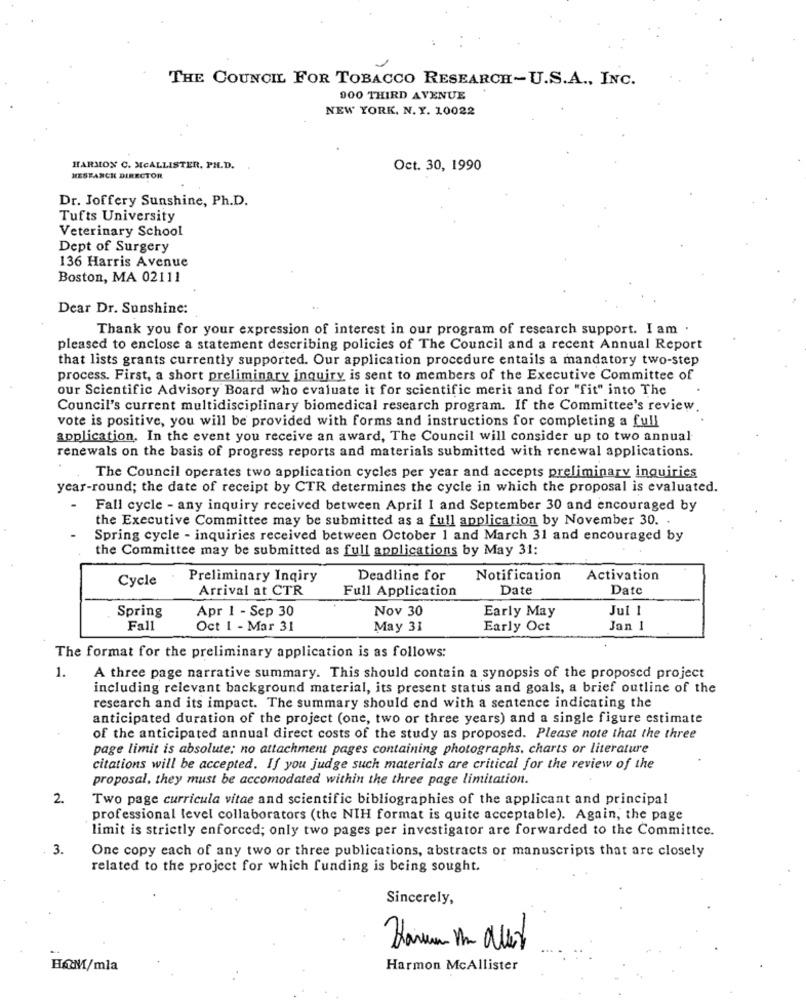
THE COUNCIL FOR TOBACCO RESEARCH-U.S.A ., INC.
900 THIRD AVENUE
NEW YORK, N. Y. 10022
HARMON C. MCALLISTER, PH.D.
Oct. 30, 1990
HESTANCH DIRECTOR
Dr. Joffery Sunshine, Ph.D.
Tufts University
Veterinary School
Dept of Surgery
136 Harris Avenue
Boston, MA 02111
Dear Dr. Sunshine:
Thank you for your expression of interest in our program of research support. I am .
pleased to enclose a statement describing policies of The Council and a recent Annual Report
that lists grants currently supported. Our application procedure entails a mandatory two-step
process. First, a short preliminary inquiry is sent to members of the Executive Committee of
our Scientific Advisory Board who evaluate it for scientific merit and for "fit" into The
Council's current multidisciplinary biomedical research program. If the Committee's review.
vote is positive, you will be provided with forms and instructions for completing a full
application. In the event you receive an award, The Council will consider up to two annual
renewals on the basis of progress reports and materials submitted with renewal applications.
The Council operates two application cycles per year and accepts preliminary inquiries
year-round; the date of receipt by CTR determines the cycle in which the proposal is evaluated.
Fall cycle - any inquiry received between April I and September 30 and encouraged by
the Executive Committee may be submitted as a full application by November 30.
Spring cycle - inquiries received between October 1 and March 31 and encouraged by
the Committee may be submitted as full applications by May 31:
Cycle
Preliminary Inqiry
Deadline for
Notification
Activation
Arrival at CTR
Full Application
Date
Date
Spring
Apr 1 - Sep 30
Nov 30
Early May
Jul 1
Fall
Oct 1 - Mar 31
May 31
Early Oct
Jan 1
The format for the preliminary application is as follows:
1.
A three page narrative summary. This should contain a synopsis of the proposed project
including relevant background material, its present status and goals, a brief outline of the
research and its impact. The summary should end with a sentence indicating the
anticipated duration of the project (one, two or three years) and a single figure estimate
of the anticipated annual direct costs of the study as proposed. Please note that the three
page limit is absolute; no attachment pages containing photographs, charts or literature
citations will be accepted. If you judge such materials are critical for the review of the
proposal, they must be accomodated within the three page limitation.
2
Two page curricula vitae and scientific bibliographies of the applicant and principal
professional level collaborators (the NIH format is quite acceptable). Again, the page
limit is strictly enforced; only two pages per investigator are forwarded to the Committee.
3.
One copy each of any two or three publications, abstracts or manuscripts that are closely
related to the project for which funding is being sought.
Sincerely,
HOM/mla
Harmon McAllister